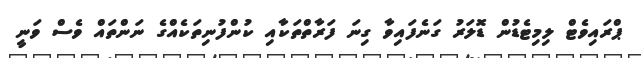
ޕްރައިވެޓް ލިމިޓެޑުން ޑޮލަރު ގަނެފައިވާ ގިނަ ފަރާތްތަކާއި ކުންފުނިތަކެއްގެ ނަންތައް ވެސް ވަނީ